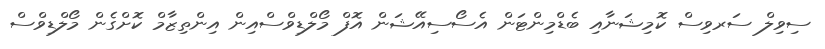
ސިވިލް ސަރވިސް ކޮމިޝަނާއި ބެޑްމިންޓަން އެސޯސިއޭޝަން އޮފް މޯލްޑިވްސްއިން އިންތިޒާމް ކޮށްގެން މޯލްޑިވްސް